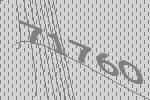
71760